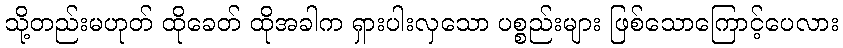
သို့တည်းမဟုတ် ထိုခေတ် ထိုအခါက ရှားပါးလှသော ပစ္စည်းများ ဖြစ်သောကြောင့်ပေလား